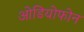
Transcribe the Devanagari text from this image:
ओडियोफोन